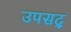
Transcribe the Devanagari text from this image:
उपसद्